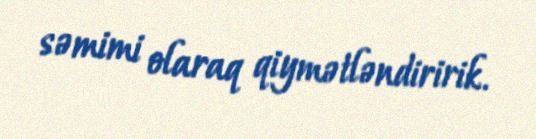
səmimi olaraq qiymətləndiririk.